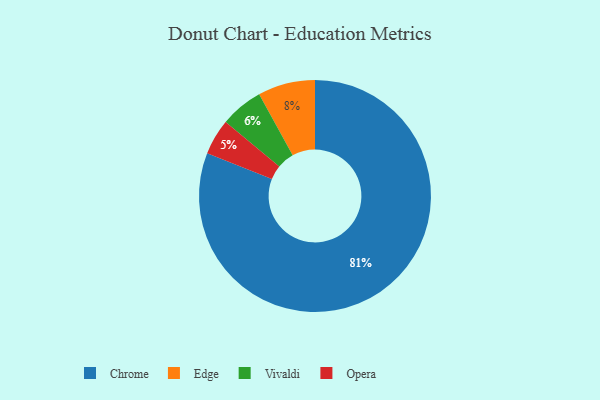
{"axis": {"x": "Category", "y": "Percentage"}, "legend": ["Chrome", "Edge", "Opera", "Vivaldi"], "data": [{"x": "Edge", "y": 8, "type": "Edge"}, {"x": "Opera", "y": 5, "type": "Opera"}, {"x": "Chrome", "y": 81, "type": "Chrome"}, {"x": "Vivaldi", "y": 6, "type": "Vivaldi"}]}